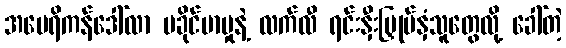
အမေရိကန်ဒေါ်လာ မခိုင်မာမှုနဲ့ လက်လီ ရင်းနှီးမြှုပ်နှံသူတွေလို့ ခေါ်တဲ့